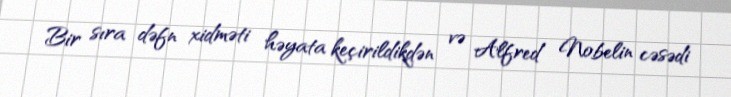
Bir sıra dəfn xidməti həyata keçirildikdən və Alfred Nobelin cəsədi